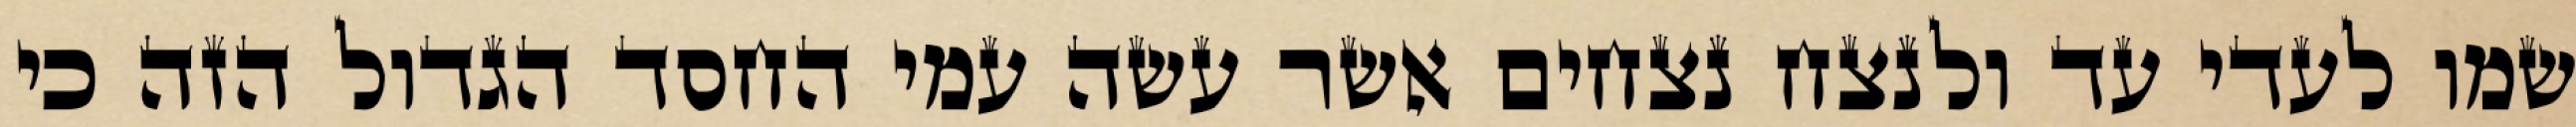
שמו לעדי עד ולנצח נצחים אשר עשה עמי החסד הגדול הזה כי